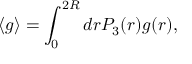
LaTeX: \langle g \rangle = \int _ { 0 } ^ { 2 R } d r { \cal P } _ { 3 } ( r ) g ( r ) ,